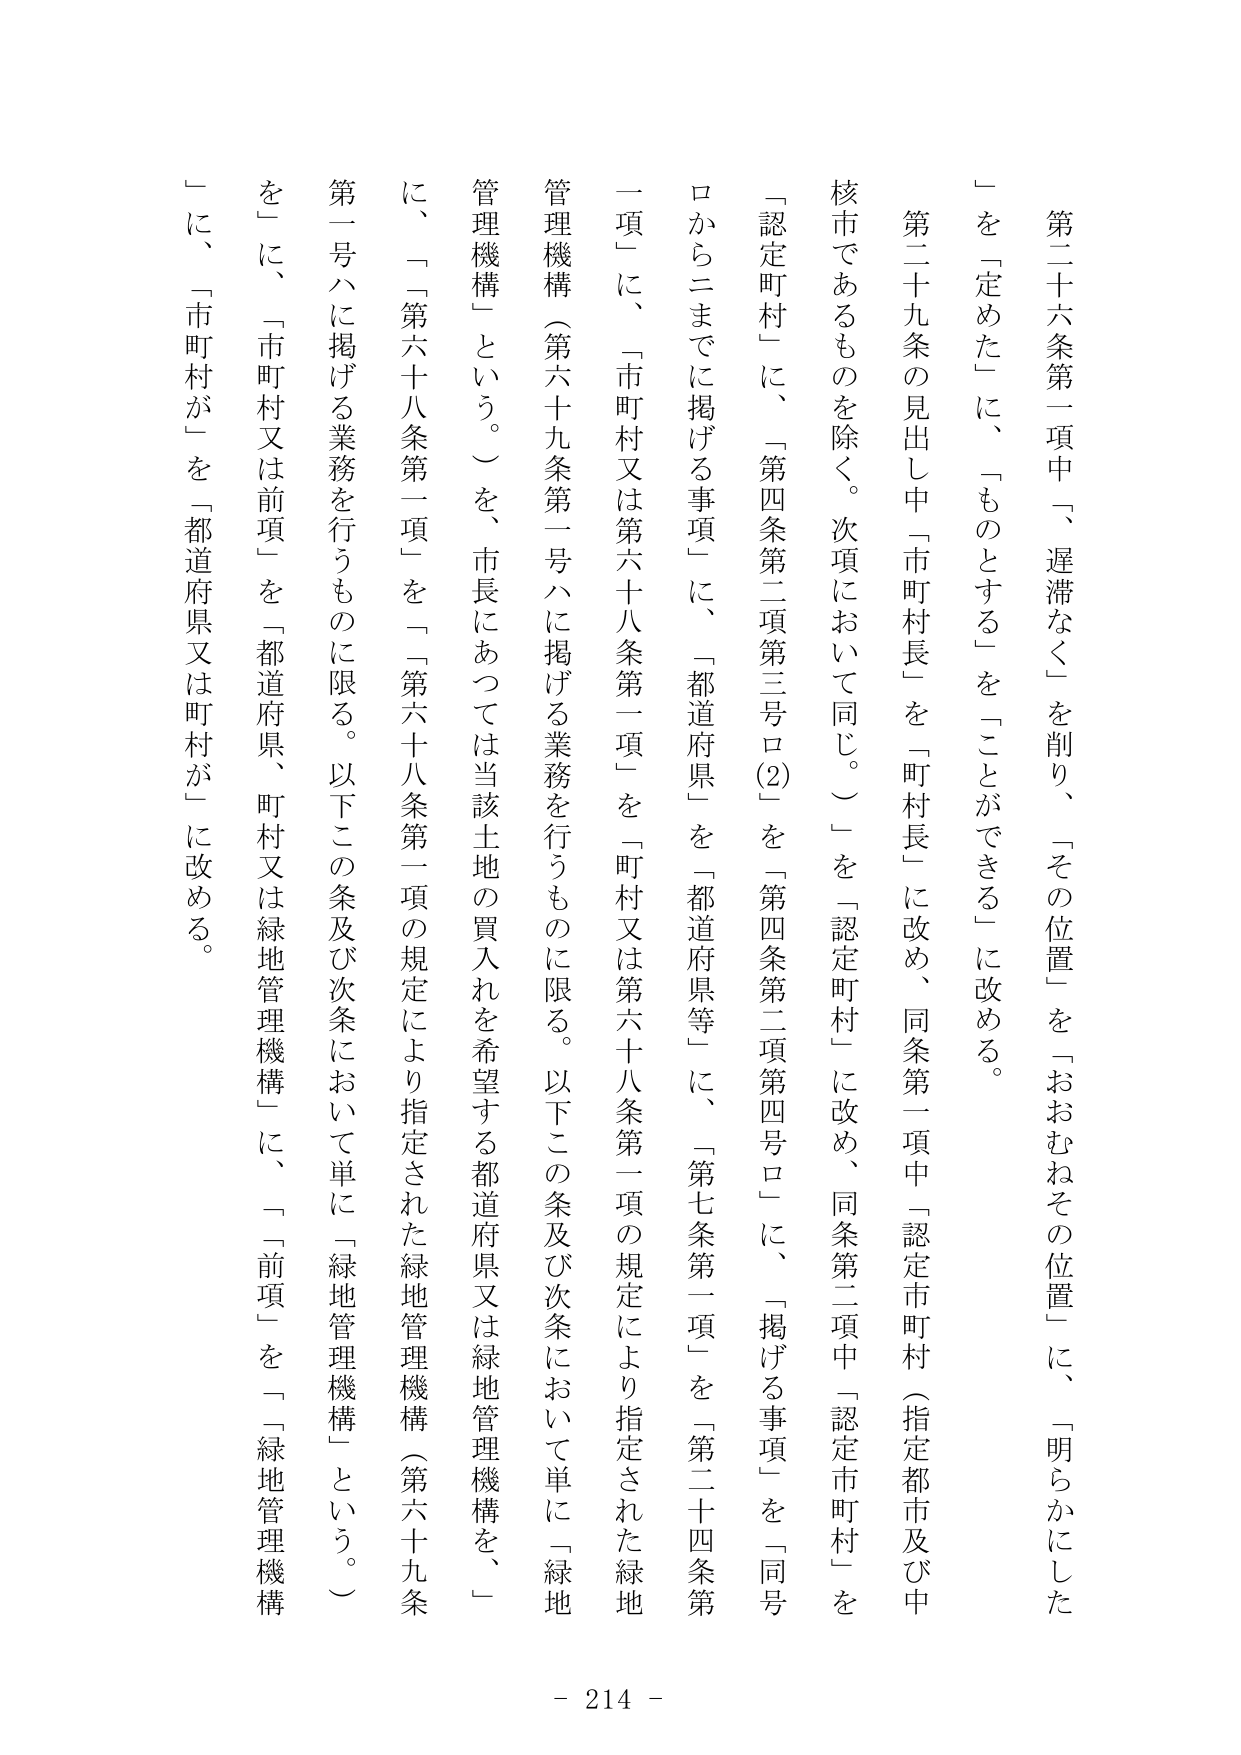
第二十六条第一項中「遅滞なく」を削り、「その位置」を「おおむねその位置」に、「明らかにした」を「定めた」に、「ものとする」を「ことができる」に改める。

第二十九条の見出し中「市町村長」を「町村長」に改め、同条第一項中「認定市町村（指定都市及び中核市であるものを除く。次項において同じ。）」を「認定町村」に改め、同条第二項中「認定市町村」を「認定町村」に、「第四条第二項第三号ロ(2)」を「第四条第二項第四号ロ」に、「掲げる事項」を「同号ロからニまでに掲げる事項」に、「都道府県」を「都道府県等」に、「第七条第一項」を「第二十四条第一項」に、「市町村又は第六十八条第一項」を「町村又は第六十八条第一項の規定により指定された緑地管理機構（第六十九条第一号ハに掲げる業務を行うものに限る。以下この条及び次条において単に「緑地管理機構」という。）」を、市長にあっては当該土地の買入れを希望する都道府県又は緑地管理機構を、「第六十八条第一項」を「第六十八条第一項の規定により指定された緑地管理機構（第六十九条第一号ハに掲げる業務を行うものに限る。以下この条及び次条において単に「緑地管理機構」という。）」に、「市町村又は前項」を「都道府県、町村又は緑地管理機構」に、「前項」を「緑地管理機構」に、「市町村が」を「都道府県又は町村が」に改める。

- 214 -